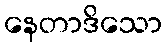
နေတာဒိသော